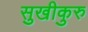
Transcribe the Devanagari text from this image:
सुखीकुरु